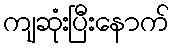
ကျဆုံးပြီးနောက်